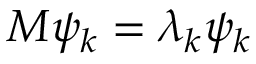
M \psi _ { k } = \lambda _ { k } \psi _ { k }